system: You are a helpful assistant.
user:
Analyze the provided spectrum to determine if it is a **M-type Giant (gM)**.

A M-type Giant spectrum is defined by its **strong molecular absorption** features, particularly from **Titanium Oxide (TiO)**. You must check for one of the following mutually exclusive signatures:

- **Key Visual Indicators (Absorption-Dominated Spectrum):**

    - **(Primary):** The spectrum is dominated by strong molecular absorption from **Titanium Oxide (TiO)**. This is the **defining feature** of its M-type temperature class.
        - **(Key Bandheads):** Look for sharp, "saw-tooth" absorption valleys. The strongest are located near **~7050 Å**, **~6160 Å**, and **~5170 Å**.
        - **(Line Profile):** The "saw-tooth" morphology is critical: a **sharp, steep drop on the BLUE (short-wavelength) side** of the bandhead, followed by a gradual recovery (rising flux) towards the RED (long-wavelength) side.

    - **(Key Confirmation - Giant vs. Dwarf):** **ABSENCE** of strong **Calcium Hydride (CaH)** molecular bands. This is the primary diagnostic for *excluding* M-dwarfs.
        - **(Key Region):** The spectrum should lack the strong, broad absorption band seen in dwarfs between **~6800 Å and ~7000 Å**.

    - **(Secondary Confirmation - Giant):** A very strong and broad **Neutral Calcium (Ca I)** atomic absorption line.
        - **(Key Line):** Located at **~4226 Å**. In a giant (gM), this line is significantly deeper and broader than the same line in an M-dwarf (dM) due to low surface gravity.

    - **(Overall Spectrum):**
        - The continuum is **extremely red-sloping** (i.e., flux is very low in the blue and rises dramatically towards the red).
        - The entire spectrum appears "chopped up" by the deep TiO bands.

Think first, call **spectral_visualization_tool** if needed to examine features in detail, then provide your final answer. Your response must adhere to the following strict rules:
1.  **Overall Structure:** Your response must follow the format `<think>...</think> <tool_call>...</tool_call> (if a tool is used) <answer>...</answer>`.
2.  **Tool Usage Constraint:** You may only make **one** tool call per turn.
3.  **Final Answer Format:** In the `<answer>` tag, your conclusion must be inside a `\boxed{}` command (e.g., `\boxed{YES}` or `\boxed{NO}`), followed by your justification.

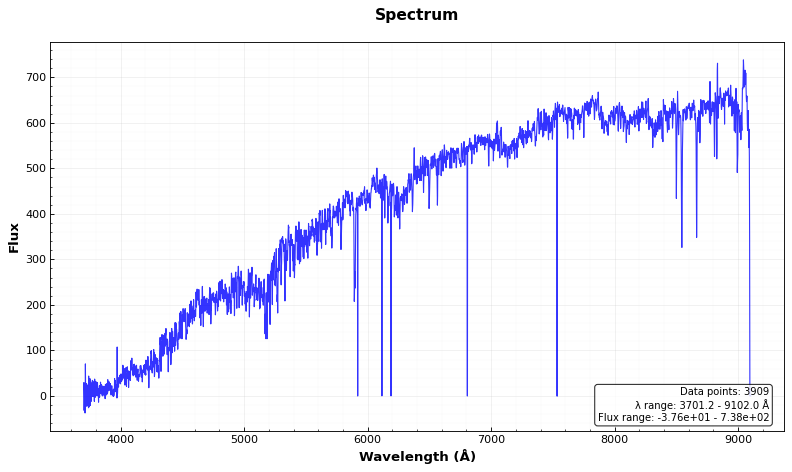
Answer: YES